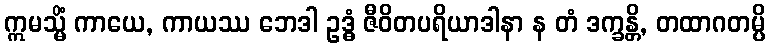
ဣမသ္မိံ ကာယေ, ကာယဿ ဘေဒါ ဥဒ္ဓံ ဇီဝိတပရိယာဒါနာ န တံ ဒက္ခန္တိ, တထာဂတမ္ပိ